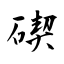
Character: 碶